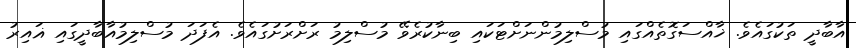
އާބާދީ ތަކުގައެވެ. ޚާއްސަގޮތެއްގައި މުސްލިމުންނަށްޓަކައި ބިނާކުރެވޭ މުސްލިމު ރަށްރަށުގައެވެ. އެފަދަ މުސްލިމުއާބާދީގައި ޣައިރު